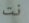
نت